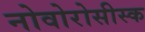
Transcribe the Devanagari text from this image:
नोवोरोसीस्क